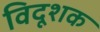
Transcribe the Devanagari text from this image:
विदूशक